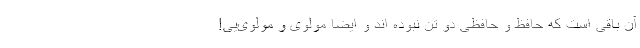
آن باقی است که حافظ و حافظی دو تن نبوده اند و ایضا مولوی و مولوی‌یی!